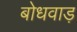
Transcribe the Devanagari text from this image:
बोधवाड़